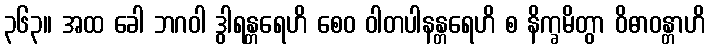
၃၆၃။ အထ ခေါ ဘဂဝါ ဒွါရန္တရေဟိ စေဝ ဝါတပါနန္တရေဟိ စ နိက္ခမိတွာ ဝိဓာဝန္တာဟိ